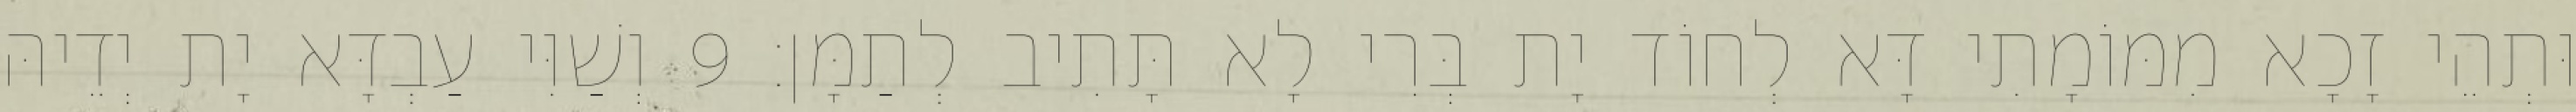
וּתְהֵי זָכָא מִמּוֹמָתִי דָּא לְחוֹד יָת בְּרִי לָא תָּתִיב לְתַמָּן׃ 9 וְשַׁוִּי עַבְדָּא יָת יְדֵיהּ